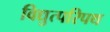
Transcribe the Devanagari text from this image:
विद्युत्परिपथ